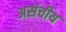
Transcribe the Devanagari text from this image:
असंचीय